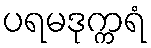
ပရမဒုက္ကရံ